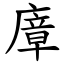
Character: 㢓